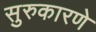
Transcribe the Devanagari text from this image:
सुरुकारणे